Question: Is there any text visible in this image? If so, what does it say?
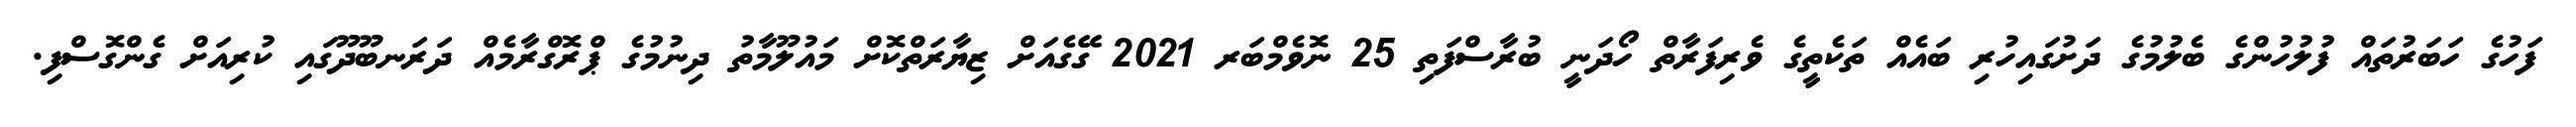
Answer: ފަހުގެ ހަބަރުތައް ފުލުހުންގެ ބެލުމުގެ ދަށުގައިހުރި ބައެއް ތަކެތީގެ ވެރިފަރާތް ހޯދަނީ ބުރާސްފަތި 25 ނޮވެމްބަރ 2021 ގޭގެއަށް ޒިޔާރަތްކޮށް މައުލޫމާތު ދިނުމުގެ ޕްރޮގްރާމެއް ދަރަނބޫދޫގައި ކުރިއަށް ގެންގޮސްފި.